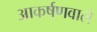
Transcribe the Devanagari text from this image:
आकर्षणवाले